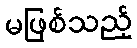
မဖြစ်သည့်